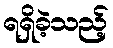
ရရှိခဲ့သည့်